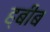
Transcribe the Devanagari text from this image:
ह्बीब